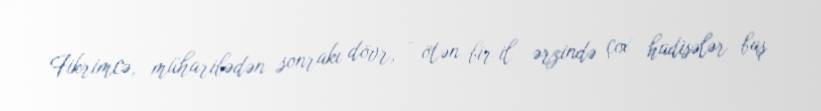
Fikrimcə, müharibədən sonrakı dövr, - ötən bir il ərzində çox hadisələr baş